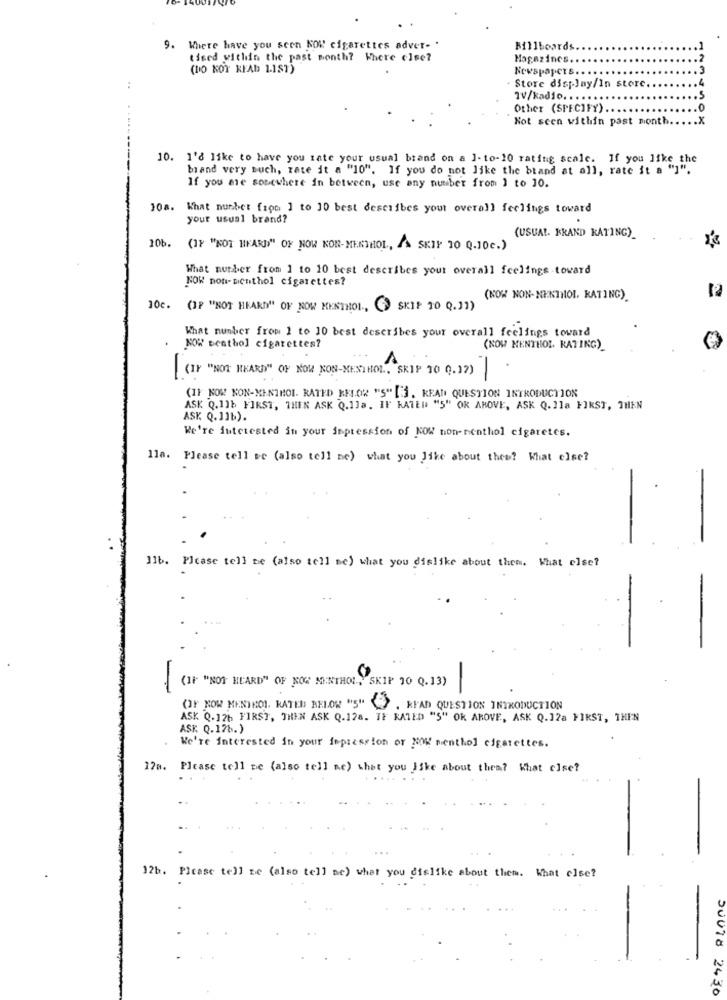
9. Where have you seen KOK cigarettes adver- .
Billboards.
tised within the past month? Where else?
Magazines.
(DO NOT READ 1.187)
Newspapers ..
- Store display/In store
..
TV/kadio. . . ..
Other (SPECIFY).
.0
Not scen within past month
.X
10. I'd like to have you rate your usual brand on a ]- to-10 rating scale. If you like the
brand very such, rate it a "10". If you do not like the brand at all, rate it a "]".
If you are somewhere in between, use any number from ) to 10.
10a. What number fion ] to 10 best describes your overall feelings toward
your usual brand?
(USUAL. BRAND KATING)
10b. (IF "NOT HEARD" OF NOW NON-MENTHOL, "A SKIP 10 0.10c.)
What number from 1 to 10 best describes your overall feelings toward
KOK non- nenthol cigarettes?
(NOW NON- NENTHOL, RATING)
10c. (IP "NOT HEARD" OF NOW MENTHOL ., ) SKIP 10 Q.11)
What number from 1 to 10 best describes your overall feelings toward
NOW Denthol cigarettes?
(KOW MENTHOL. RATING)_
.
(I) "NOT HEARD" OF NOW NON-MENTHOL, SKIP 10 9.12)
-
(I) NOW NON-MENTHOL. RATED KNOW "S" []. REAL QUESTION INTRODUCTION
ASK Q.11b FIRST, THEN ASK Q.13a. IF KATED "5" OR ABOVE, ASK Q.]la FIRST, THEN
ASK Q.11b).
We're interested in your impression of NOW non-menthol cigaretes.
lla. Please tell me (also tell me) what you like about them? What else?
]]b. Please tell me (also tell me) what you dislike about them. What else?
(IF "NOT HEARD" OF NOW MENTHOL, SKIP 10 Q.13)
(IF KOW MENTHOL. KATER BELOW "5" ""} , KFAD QUESTION INTRODUCTION
ASK Q.126 FIRST, THEN ASK Q.128. IF RATED "S" OR ABOVE, ASK Q.12a FIRST, THEN
ASK Q.178.)
We're interested in your impression or NOK menthol cigarettes.
17m. Please tell me (also tell me) that you like about thea? What else?
12b. Please tell se (also tell me) what you dislike about them. What else?
JUNTO 2430